Sanitation, dispensaries and jails vaccination Rajputana 1922-1927 - 1922-1927
Year: 1922
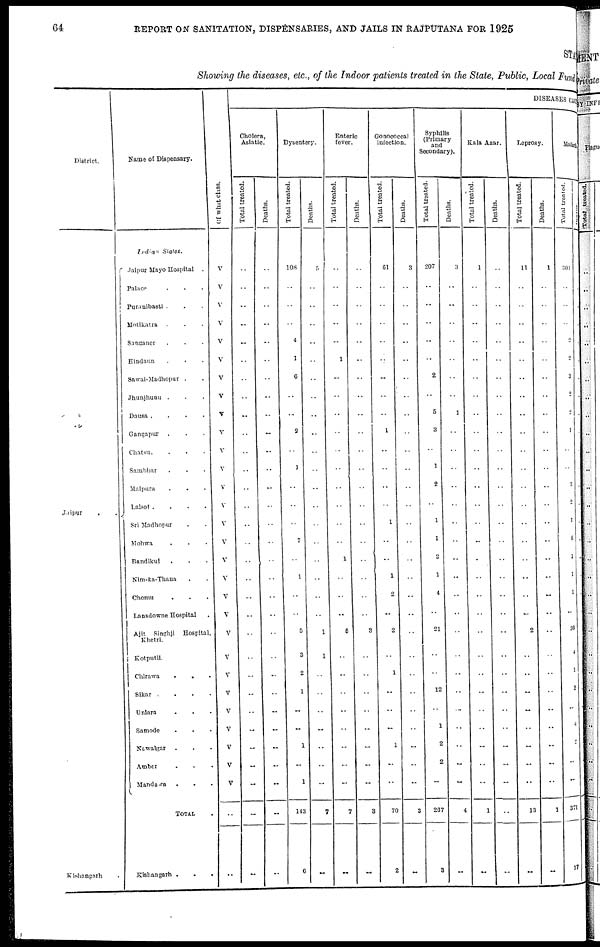
64
REPORT ON SANITATION, DISPENSARIES, AND JAILS IN RAJPUTANA FOR 1925
STATE
Showing the diseases, etc., of the Indoor patients treated in the State, Public, Local Fund
District.
Jaipur
.
.
Kishangarh
Name of Dispensary.
Indian States.
Jaipur Mayo Hospital .
Palace . . .
Puranibasti . . .
Motikatra . . .
Sanganer . . .
Hindaun . . .
Sawai-Madhopur . .
Jhunjhunu . .
Dausa. .
Gangapur . .
Chatsu. . .
Sambhar . . .
Malpura . . .
Lalsot .
. . .
Sri Madhopur . .
Mohwa . . .
Bandikui . . .
Nim-ka-Thana . .
Chomu . . .
Lansdowne Hospital .
Ajit Singhji Hospital,
Khetri.
Kotputli.
Chirawa
.
.
Sikar
. . .
Uniara . . .
Samode . . .
Nawalgar . . .
Amber . . .
Mandawa . . .
TOTAL .
Kishangarh .
.
.
Of what class.
V
V
V
V
V
V
V
V
V
V
V
V
V
V
V
V
V
V
V
V
V
V
V
V
V
V
V
V
V
..
..
DISEASES CAUSES
Cholera,
Asiatic.
Total treated.
..
..
..
..
..
..
..
..
..
..
..
..
..
..
..
..
..
..
..
..
..
..
..
..
..
..
..
..
..
..
..
Deaths.
..
..
..
..
..
..
..
..
..
..
..
..
..
..
..
..
..
..
..
..
..
..
..
..
..
..
..
..
..
..
..
Dysentery.
Total treated.
108
..
..
..
4
1
6
..
..
2
..
1
..
..
..
7
..
1
..
..
5
3
2
1
..
..
1
..
1
143
6
Deaths.
5
..
..
..
..
..
..
..
..
..
..
..
..
..
..
..
..
..
..
..
1
1
..
..
..
..
..
..
..
7
..
Enteric
fever.
Total treated.
..
..
..
..
..
1
..
..
..
..
..
..
..
..
..
..
1
..
..
..
6
..
..
..
..
..
..
..
..
7
..
Deaths.
..
..
..
..
..
..
..
..
..
..
..
..
..
..
..
..
..
..
..
..
3
..
..
..
..
..
..
..
..
3
..
Gonococcal
infection.
Total treated.
61
..
..
..
..
..
..
..
..
1
..
..
..
..
1
..
..
1
2
..
2
..
1
..
..
..
1
..
..
70
2
Deaths.
3
..
..
..
..
..
..
..
..
..
..
..
..
..
..
..
..
..
..
..
..
..
..
..
..
..
..
..
..
3
..
Syphilis
(Primary
and
Secondary).
Total treated.
207
..
..
..
..
..
2
..
5
3
..
1
2
..
1
1
2
1
4
..
21
..
..
12
..
1
2
2
...
267
3
Deaths.
3
..
..
..
..
..
..
..
1
..
..
..
..
..
..
..
..
..
..
..
..
..
..
..
..
..
..
..
..
4
..
Kala Azar.
Total treated.
1
..
..
..
..
..
..
..
..
..
..
..
..
..
..
..
..
..
..
..
..
..
..
..
..
..
..
..
..
1
..
Deaths.
..
..
..
..
..
..
..
..
..
..
..
..
..
..
..
..
..
..
..
..
..
..
..
..
..
..
..
..
..
..
..
Leprosy.
Total treated.
11
..
..
..
..
..
..
..
..
..
..
..
..
..
..
..
..
..
..
..
2
..
..
..
..
..
..
..
..
13
..
Deaths.
1
..
..
..
..
..
..
..
..
..
..
..
..
..
..
..
..
..
..
..
..
..
..
..
..
..
..
..
..
1
..
Malaria
Total treated.
301
..
..
..
2
2
3
2
2
1
..
..
3
2
1
6
1
1
1
..
30
4
1
2
..
4
..
..
..
371
17
Deaths.
..
..
..
..
..
..
..
..
..
..
..
..
..
..
..
..
..
..
..
..
..
..
..
..
..
..
..
..
..
..
..